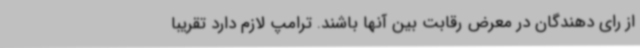
از رای دهندگان در معرض رقابت بین آنها باشند. ترامپ لازم دارد تقریبا